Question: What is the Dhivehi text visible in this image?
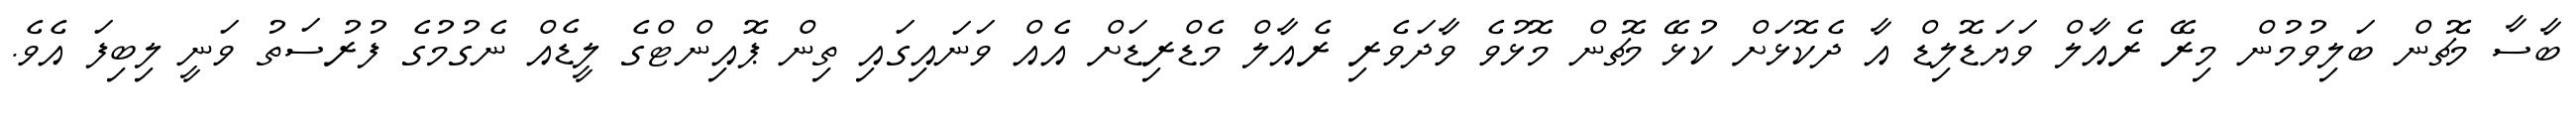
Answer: ބާސާ މެޗުން ބަލިވުމުން މިރޭ ރެއާލް ވަޔަޑޮލިޑް އާ ދެކޮޅަށް ކުޅޭ މެޗުން މޮޅުވެ ވާދަވެރި ރެއާލް މެޑްރިޑަށް އެއް ވަނައިގައި ތިން ޕޮއިންޓްގެ ލީޑެއް ނެގުމުގެ ފުރުސަތު ވަނީ ލިބިފަ އެވެ.